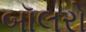
બૉલરો